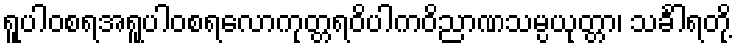
ရူပါဝစရအရူပါဝစရလောကုတ္တရဝိပါကဝိညာဏသမ္ပယုတ္တာ၊ သင်္ခါရတို့